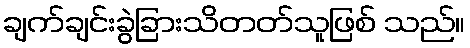
ချက်ချင်းခွဲခြားသိတတ်သူဖြစ် သည်။